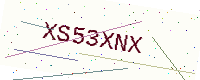
Text: XS53XNX